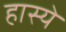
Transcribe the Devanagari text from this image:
हास्यें